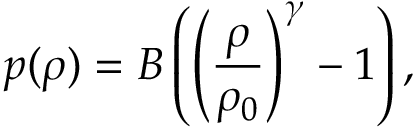
p ( \rho ) = B \left( \left( \frac { \rho } { \rho _ { 0 } } \right) ^ { \gamma } - 1 \right) ,